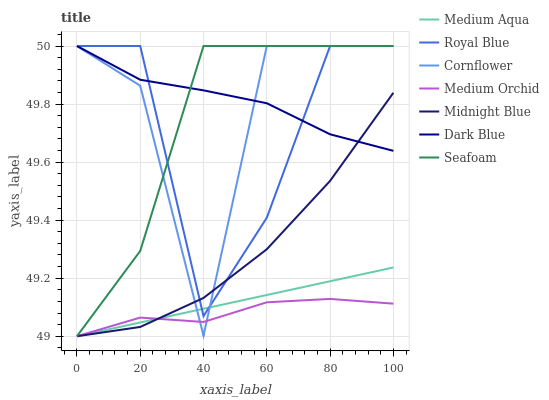
| xaxis_label | Medium Aqua | Royal Blue | Cornflower | Medium Orchid | Midnight Blue | Dark Blue | Seafoam |
 | --- | --- | --- | --- | --- | --- | --- | --- |
 | 0 | 49 | 50 | 50 | 49 | 49 | 50 | 49 |
 | 20 | 49 | 50 | 49.9 | 49.1 | 49 | 49.9 | 49.3 |
 | 40 | 49.1 | 49.1 | 49 | 49 | 49.1 | 49.8 | 50 |
 | 60 | 49.1 | 49.4 | 50 | 49.1 | 49.3 | 49.8 | 50 |
 | 80 | 49.2 | 50 | 50 | 49.1 | 49.5 | 49.7 | 50 |
 | 100 | 49.2 | 50 | 50 | 49.1 | 49.8 | 49.6 | 50 |